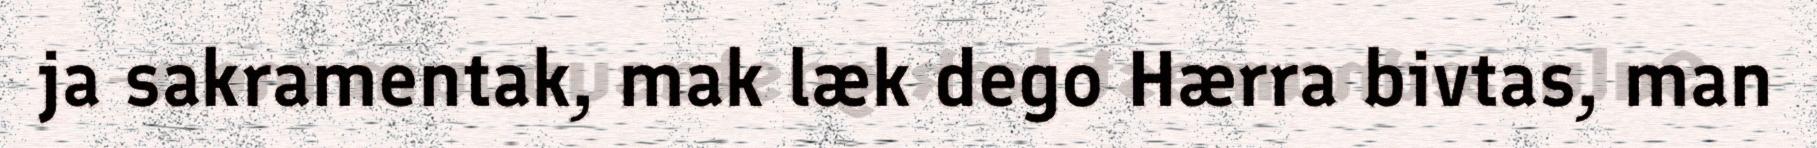
ja sakramentak, mak læk dego Hærra bivtas, man